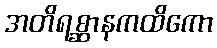
အတိရစ္ဆာနကထိကော